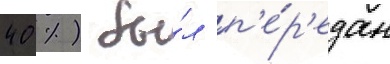
40 %) бы́л п'е́р'едан